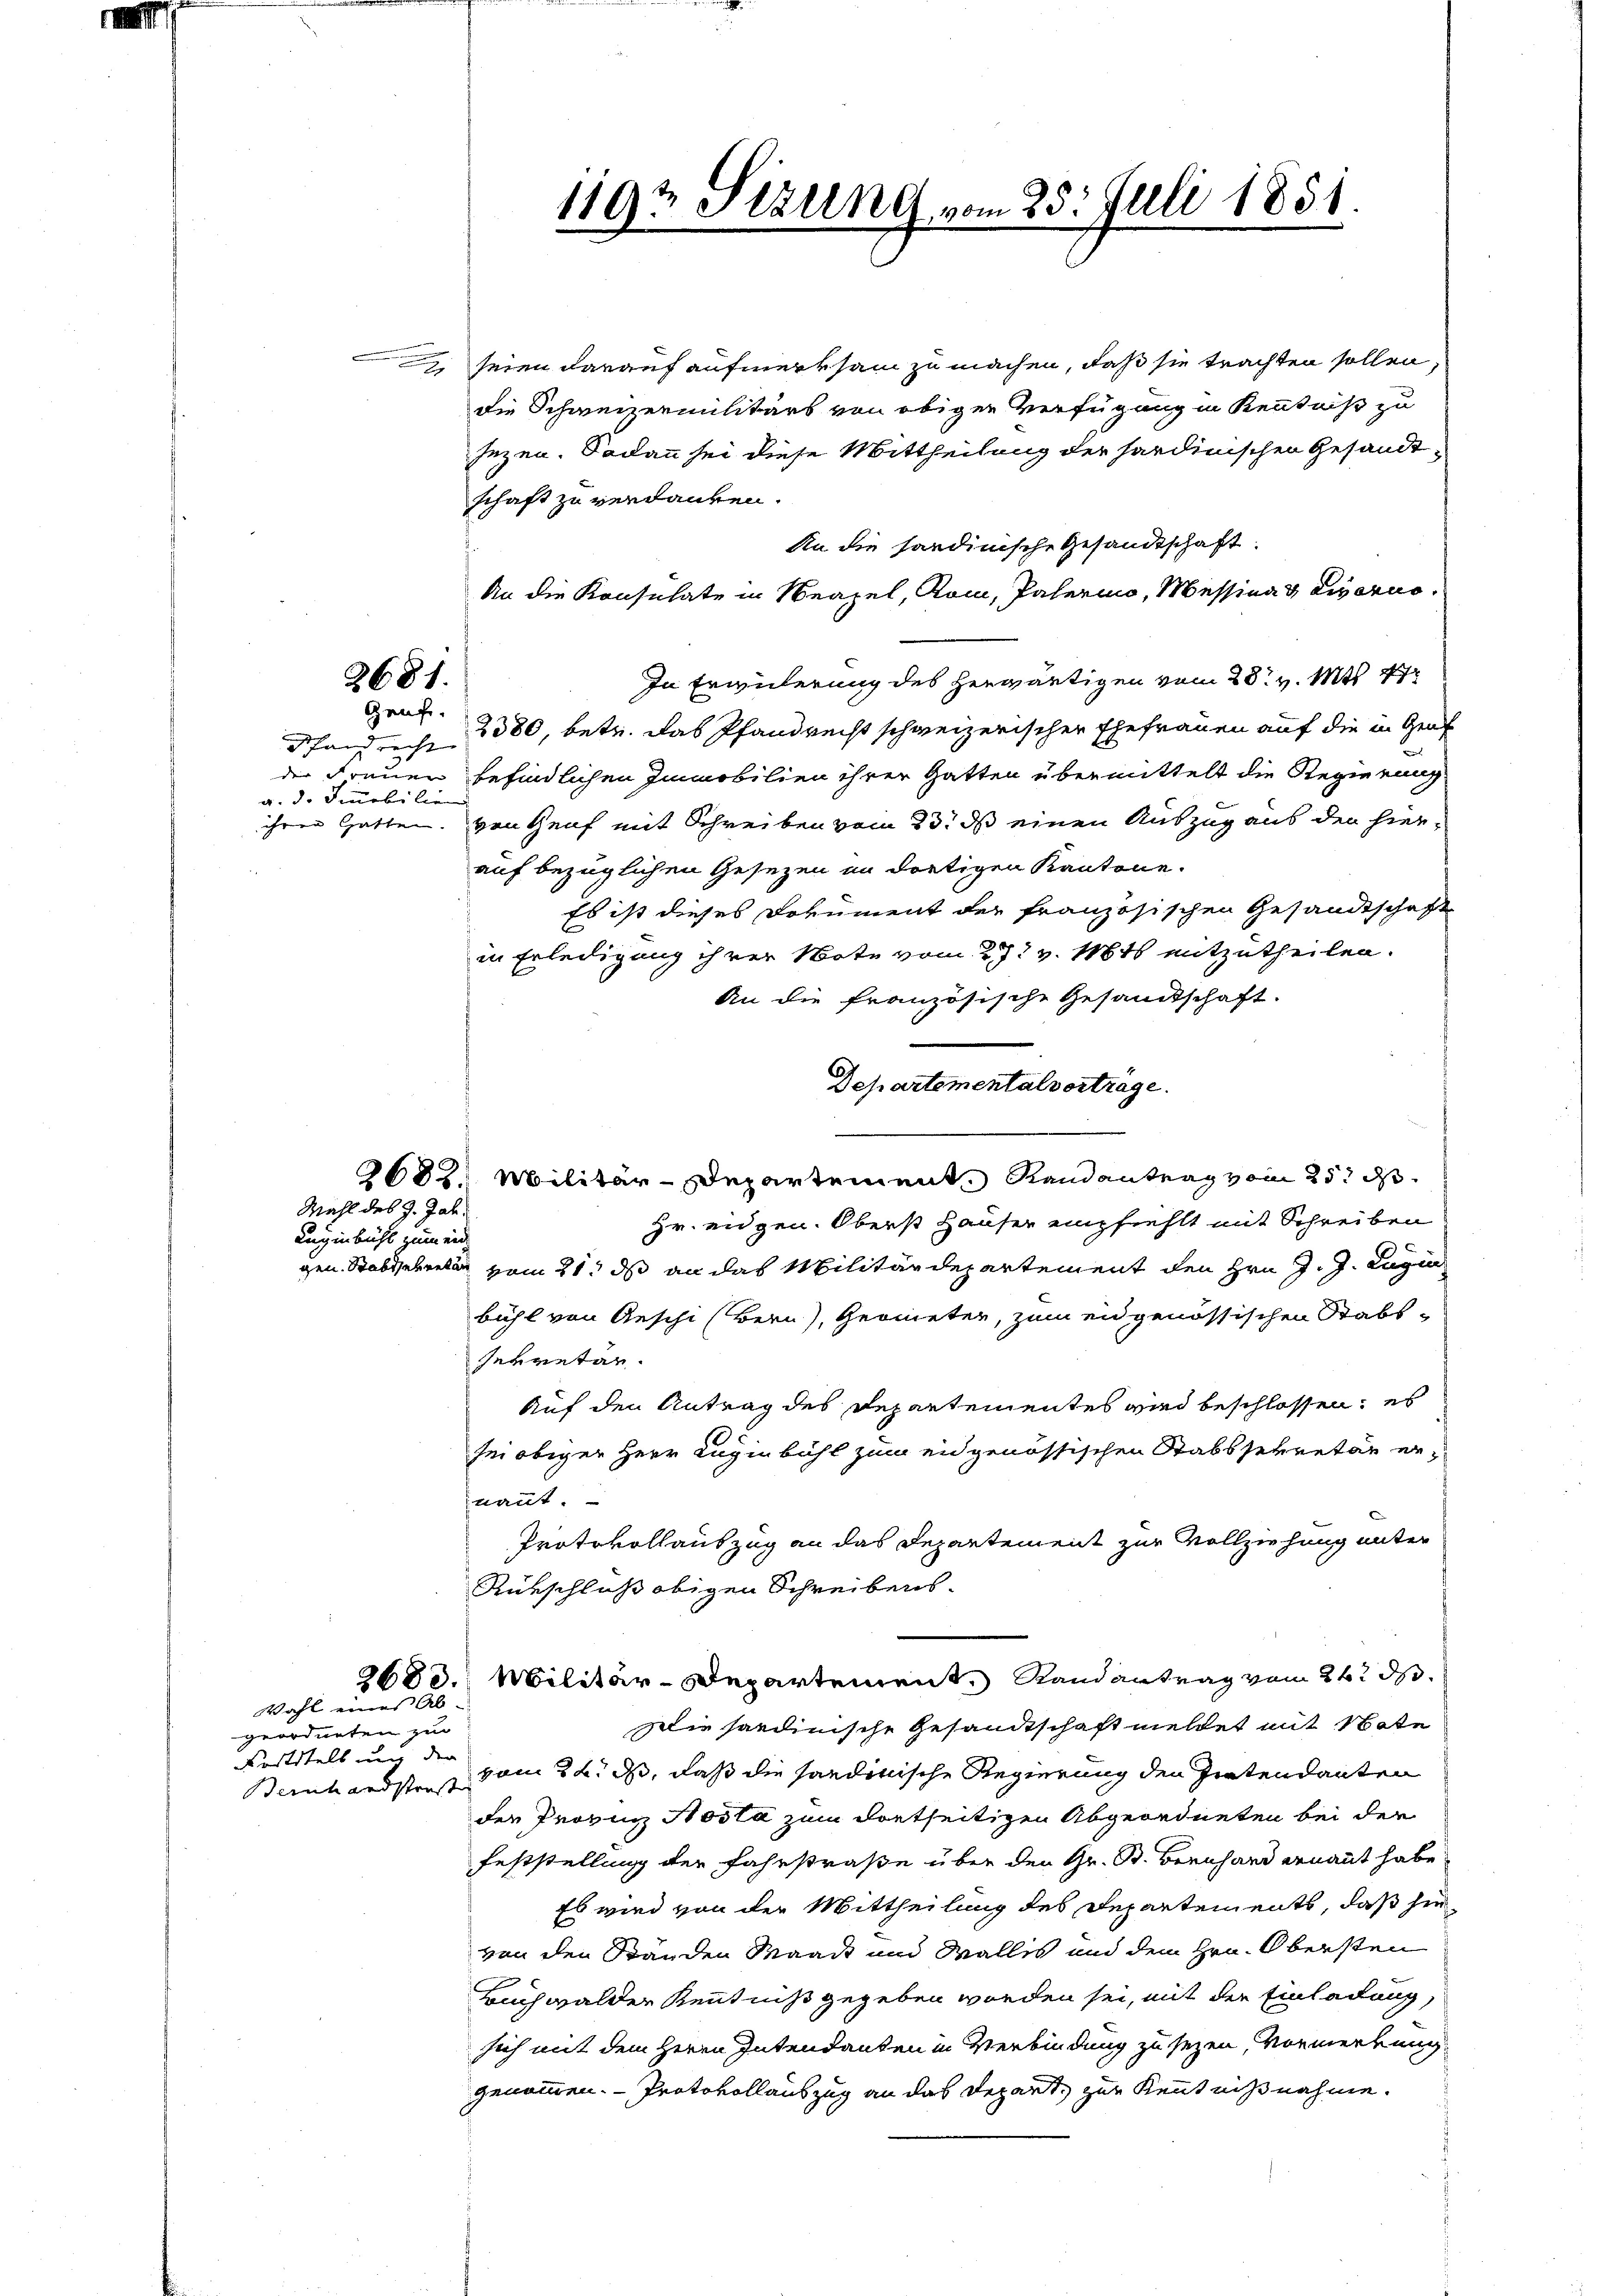
.

2

2681.
Genf.

a. d. Immobilie

Mehl des J. Jah¬
Lugenbühl zum eid.

seien darauf aufmerksam zu machen, daß sie trachten sollen,
die Schweizermilitärs von obigen Verfügung in Kenntniß zu
sezen. Sodann sei diese Mittheilung der sardinischen Gesandtschaft zu verdanken.
An die sandinische Gesandtschaft.
An die Konsulate in Neapel, Rom, Palerino, Messina & Liverio¬
In Erwiderung des herwärtigen vom 28. v. Mts. 17
Pfandrech 3380, betr. das Pfandrecht schweizerischer Ehefrauen auf die in Genf
der Freuen befindlichen Immobilien ihrer Gatten übermittelt die Regierung
ihrer Gatten. von Genf mit Schreiben vom 23. ds einen Auszug aus den hierauf bezüglichen Gesezen im dortigen Kantone.
Es ist dieses Dokument der französischen Gesandtschaft
in Erledigung ihrer Note vom 27t v. Mts mitzutheilen.
An die französische Gesandschaft.
Departementalverträge.
2682. Militär-Departement Randantrag vom 25. ds.
Hr. eidgen. Oberst Hauser empfiehlt mit Schreiben
gen. Stabsehelin vom 21. ds an das Militärdepartement den Hrn. J. J. Lagen
bühl von Aeschi (Bern), Geometer, zum eidgenössischen Stabs-
sekretär.
Auf den Antrag des Departementes wird beschlossen, es
sei obiger Herr Luginbühl zum eidgenössischen Stabssekretär er-
nannt.
Protokollauszug an das Departement zur Vollziehung unter
Rükschluß obigen Schreibens-
2683. Militär-Departement. Randantrag vom 26. d.
Wahl eines Ab-
Die sardinische Gesandtschaft meldet mit Note
geordneten zur
Kritikels und den
Bernhardstres vom 24. ds, daß die sandinische Regierung den Pretendanten
der Provinz Hosta zum dortseitigen Abgeordneten bei der
Feststellung der Fahrstraße über den Gr. B. Bernhard ernannt habe
Es wird von der Mittheilung des Departements, daß sie
von den Ständen Waadt und Wallis und dem Hrn. Obersten
Buchwalder Kenntniß gegeben worden sei, mit der Einladung,
sich mit dem Herrn Intendanten in Verbindung zu sezen, Vormerkung
genommen. - Protokollauszug an das Depart, zur Kenntnißnahme.

119 Stirne vom 25. Juli 1851.
e